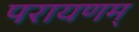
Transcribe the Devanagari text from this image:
परायणम्